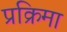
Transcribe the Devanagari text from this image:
प्रक्रिमा